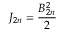
J _ { 2 n } = \frac { B _ { 2 n } ^ { 2 } } { 2 }